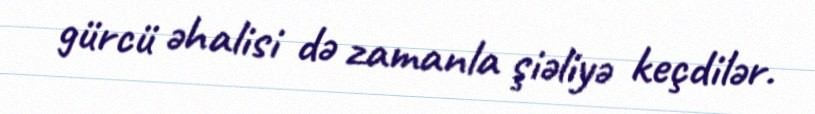
gürcü əhalisi də zamanla şiəliyə keçdilər.